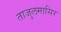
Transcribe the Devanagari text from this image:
ताजुलमासिर